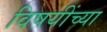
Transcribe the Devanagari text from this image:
विषयींच्या